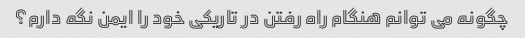
چگونه می توانم هنگام راه رفتن در تاریکی خود را ایمن نگه دارم؟